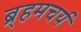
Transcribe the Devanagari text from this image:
ब्र्हमचर्य